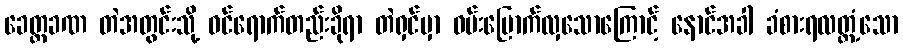
ခေတ္တခဏ တဲအတွင်းသို့ ဝင်ရောက်တည်းခိုရာ တဲရှင်မှာ ဝမ်းမြောက်လှသောကြောင့် နောင်အခါ ခံစားရလတ္တံ့သော